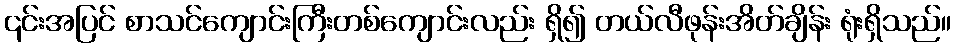
၎င်းအပြင် စာသင်ကျောင်းကြီးတစ်ကျောင်းလည်း ရှိ၍ တယ်လီဖုန်းအိတ်ချိန်း ရုံးရှိသည်။